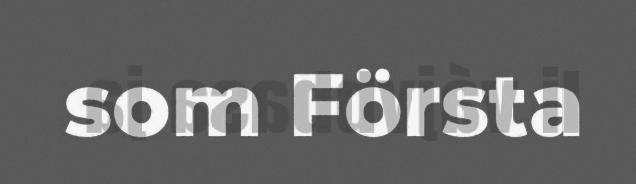
som Första